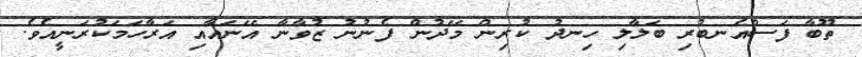
ތޫބާ ފަސްއެނބުރި ބަލާލި ހިނދު ކުރިން މޭދުން ފެނުނު ޒުވާނާ އޭނައާއި އަރާހަމަކުރަނީއެވެ.